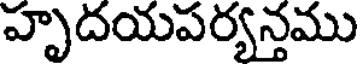
హృదయపర్యన్తము